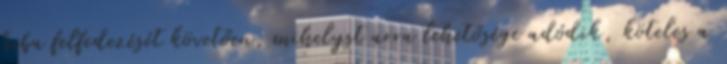
hiba felfedezését követően, mihelyst arra lehetősége adódik, köteles a